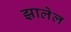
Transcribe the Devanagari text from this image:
झालेल